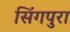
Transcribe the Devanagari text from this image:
सिंगपुरा